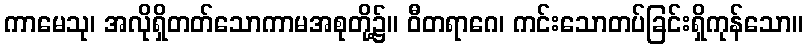
ကာမေသု၊ အလိုရှိတတ်သောကာမအစုတို့၌။ ဝီတရာဂေ၊ ကင်းသောတပ်ခြင်းရှိကုန်သော။